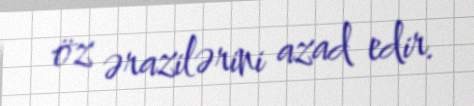
öz ərazilərini azad edir.